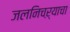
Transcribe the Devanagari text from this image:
जलनिचऱ्याचा